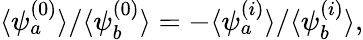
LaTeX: \langle\psi_{a}^{(0)}\rangle/\langle\psi_{b}^{(0)}\rangle=-\langle\psi_{a}^{(i)}\rangle/\langle\psi_{b}^{(i)}\rangle,